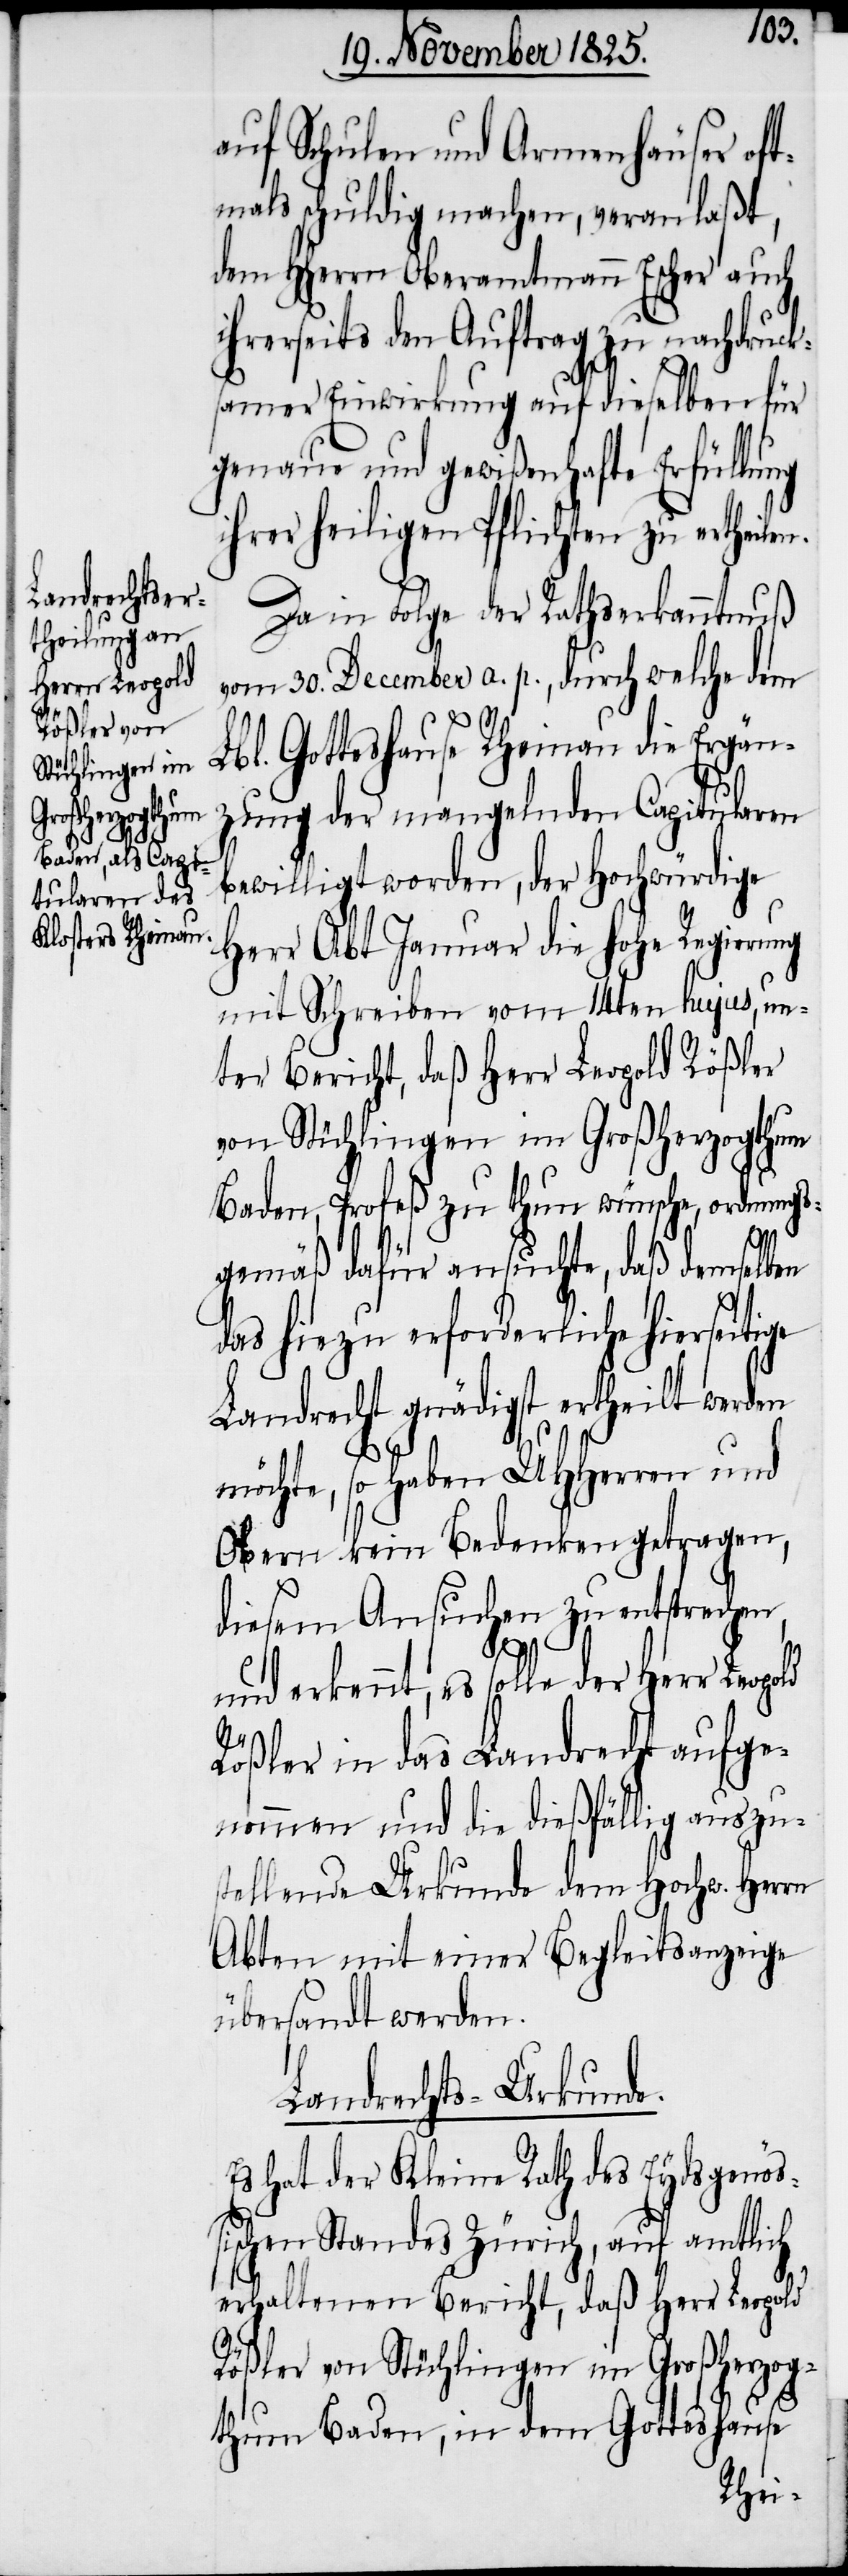
auf Schulen und Armenhäuser oft¬
mals schuldig machen, veranlaßt,
dem HHerrn Oberamtmann Escher auch
ihrerseits den Auftrag zu nachdruck¬
samer Einwirkung auf dieselben für
genaue und gewißenhafte Erfüllung
ihrer heiligen Pflichten zu ertheilen.
Da in Folge der Rathserkanntnuß
vom 30. December a. p., durch welche dem
Lbl. Gotteshause Rheinau die Ergän¬
zung der mangelnden Capitularen
bewiligt worden, der Hochwürdige
Herr Abt Januar die hohe Regierung
mit Schreiben vom 14ten hujus, un¬
ter Bericht, daß Herr Leopold Rößler
von Stüchlingen im Großherzogthum
Baden, Profeß zu thun wünsche, ordnungs¬
gemäß dafür ansuchte, daß demselben
das hiezu erforderliche hierseitige
Landrecht gnädigst ertheilt werden
möchte, so haben UHHerren und
Obern kein Bedenken getragen,
diesem Ansuchen zu entsprechen,
und erkennt, es solle der Herr Leopold
Rößler in das Landrecht aufge¬
nommen und die dießfällig auszu¬
stellende Urkunde dem Hochw. Herrn
Abten mit einer Begleitsanzeige
übersandt werden.
Landrechts-Urkunde.
Es hat der Kleine Rath des Eydsgenöß¬
ischen Standes Zürich, auf amtlich
erhaltenen Bericht, daß Herr Leopold
Rößler von Stüchlingen im Großherzog¬
thum Baden, in dem Gotteshause